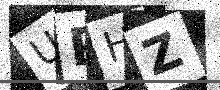
Text: UPHZ